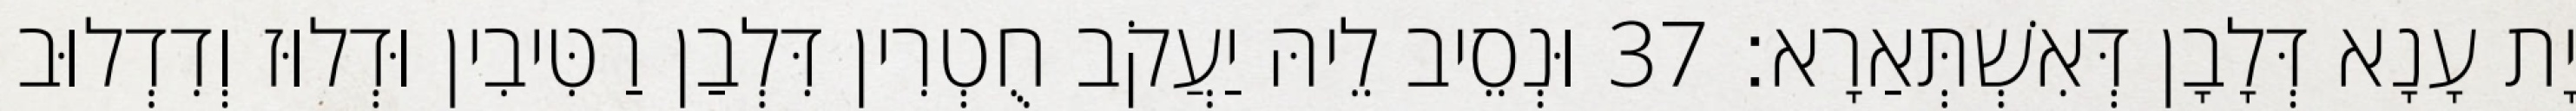
יָת עָנָא דְּלָבָן דְּאִשְׁתְּאַרָא׃ 37 וּנְסֵיב לֵיהּ יַעֲקֹב חֻטְרִין דִּלְבַן רַטִּיבִין וּדְלוּז וְדִדְלוּב